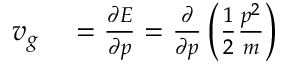
\begin{array} { r l } { v _ { g } } & { { } = { \frac { \partial E } { \partial p } } = { \frac { \partial } { \partial p } } \left( { \frac { 1 } { 2 } } { \frac { p ^ { 2 } } { m } } \right) } \end{array}